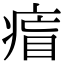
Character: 𤷐